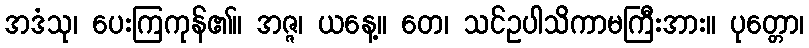
အဒံသု၊ ပေးကြကုန်၏။ အဇ္ဇ၊ ယနေ့။ တေ၊ သင်ဥပါသိကာမကြီးအား။ ပုတ္တော၊